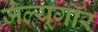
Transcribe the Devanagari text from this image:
जेल्यूगॉर